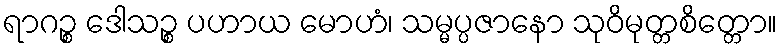
ရာဂဉ္စ ဒေါသဉ္စ ပဟာယ မောဟံ၊ သမ္မပ္ပဇာနော သုဝိမုတ္တစိတ္တော။